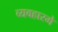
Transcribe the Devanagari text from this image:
व्यवहारमे